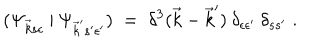
LaTeX: ( \Psi _ { \vec { k } s \epsilon } \: | \: \Psi _ { \vec { k } ^ { \prime } s ^ { \prime } \epsilon ^ { \prime } } ) \; = \; \delta ^ { 3 } ( \vec { k } - \vec { k } ^ { \prime } ) \: \delta _ { \epsilon \epsilon ^ { \prime } } \: \delta _ { s s ^ { \prime } } \; .